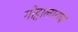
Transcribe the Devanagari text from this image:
गोट्टालायब